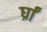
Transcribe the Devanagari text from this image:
र्घ्रां